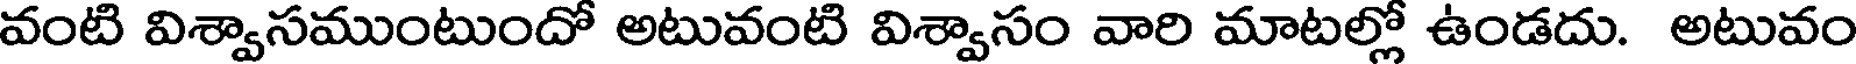
వంటి విశ్వాసముంటుందో అటువంటి విశ్వాసం వారి మాటల్లో ఉండదు. అటువం